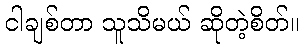
ငါချစ်တာ သူသိမယ် ဆိုတဲ့စိတ်။